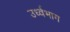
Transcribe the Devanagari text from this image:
उर्ध्वभाग